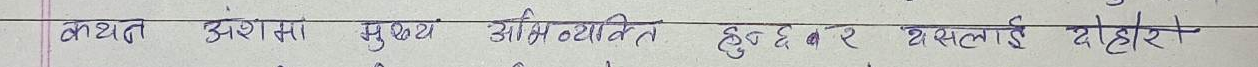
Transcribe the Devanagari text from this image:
कथन अंशमा मुख्य आम नयोजित हुनु छ बर यसलाई दोहोरा